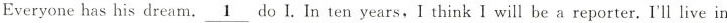
Everyone has his dream,\underline{1} do I,In ten years.I think will be a repoter,I'l live in